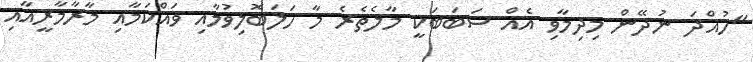
"ހުއްދަ ނުދޭން މިދިމާވި އެއް ސަބަބަކީ މާލެތެރެ މާ ހަލަބޮލިވުމާއި ވައްކަމާއި މާރާމާރީއާއި